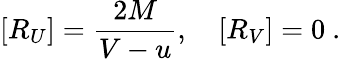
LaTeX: [R_{U}]=\frac{2M}{V-u},\quad[R_{V}]=0\ .